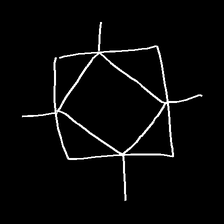
Glyph: light